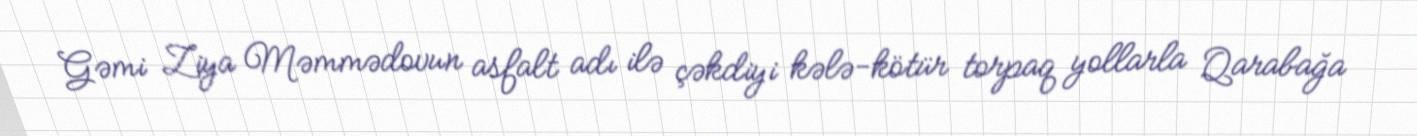
Gəmi Ziya Məmmədovun asfalt adı ilə çəkdiyi kələ-kötür torpaq yollarla Qarabağa